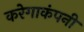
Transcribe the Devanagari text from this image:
करेगाकंपनी